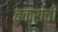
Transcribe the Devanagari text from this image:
बक्राची